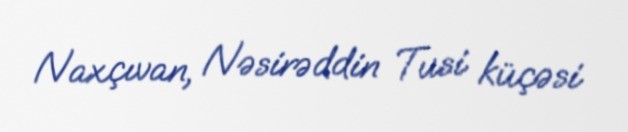
Naxçıvan, Nəsirəddin Tusi küçəsi